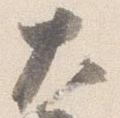
大